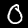
Digit: 0